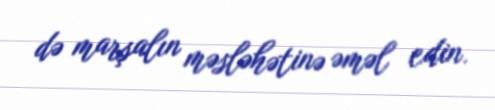
də marşalın məsləhətinə əməl edin.